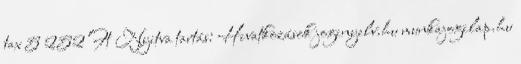
tax 5 252 Ft Nyitva tartás: Hivatkozások joginyelv.hu munkajogilap.hu